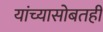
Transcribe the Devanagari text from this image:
यांच्यासोबतही